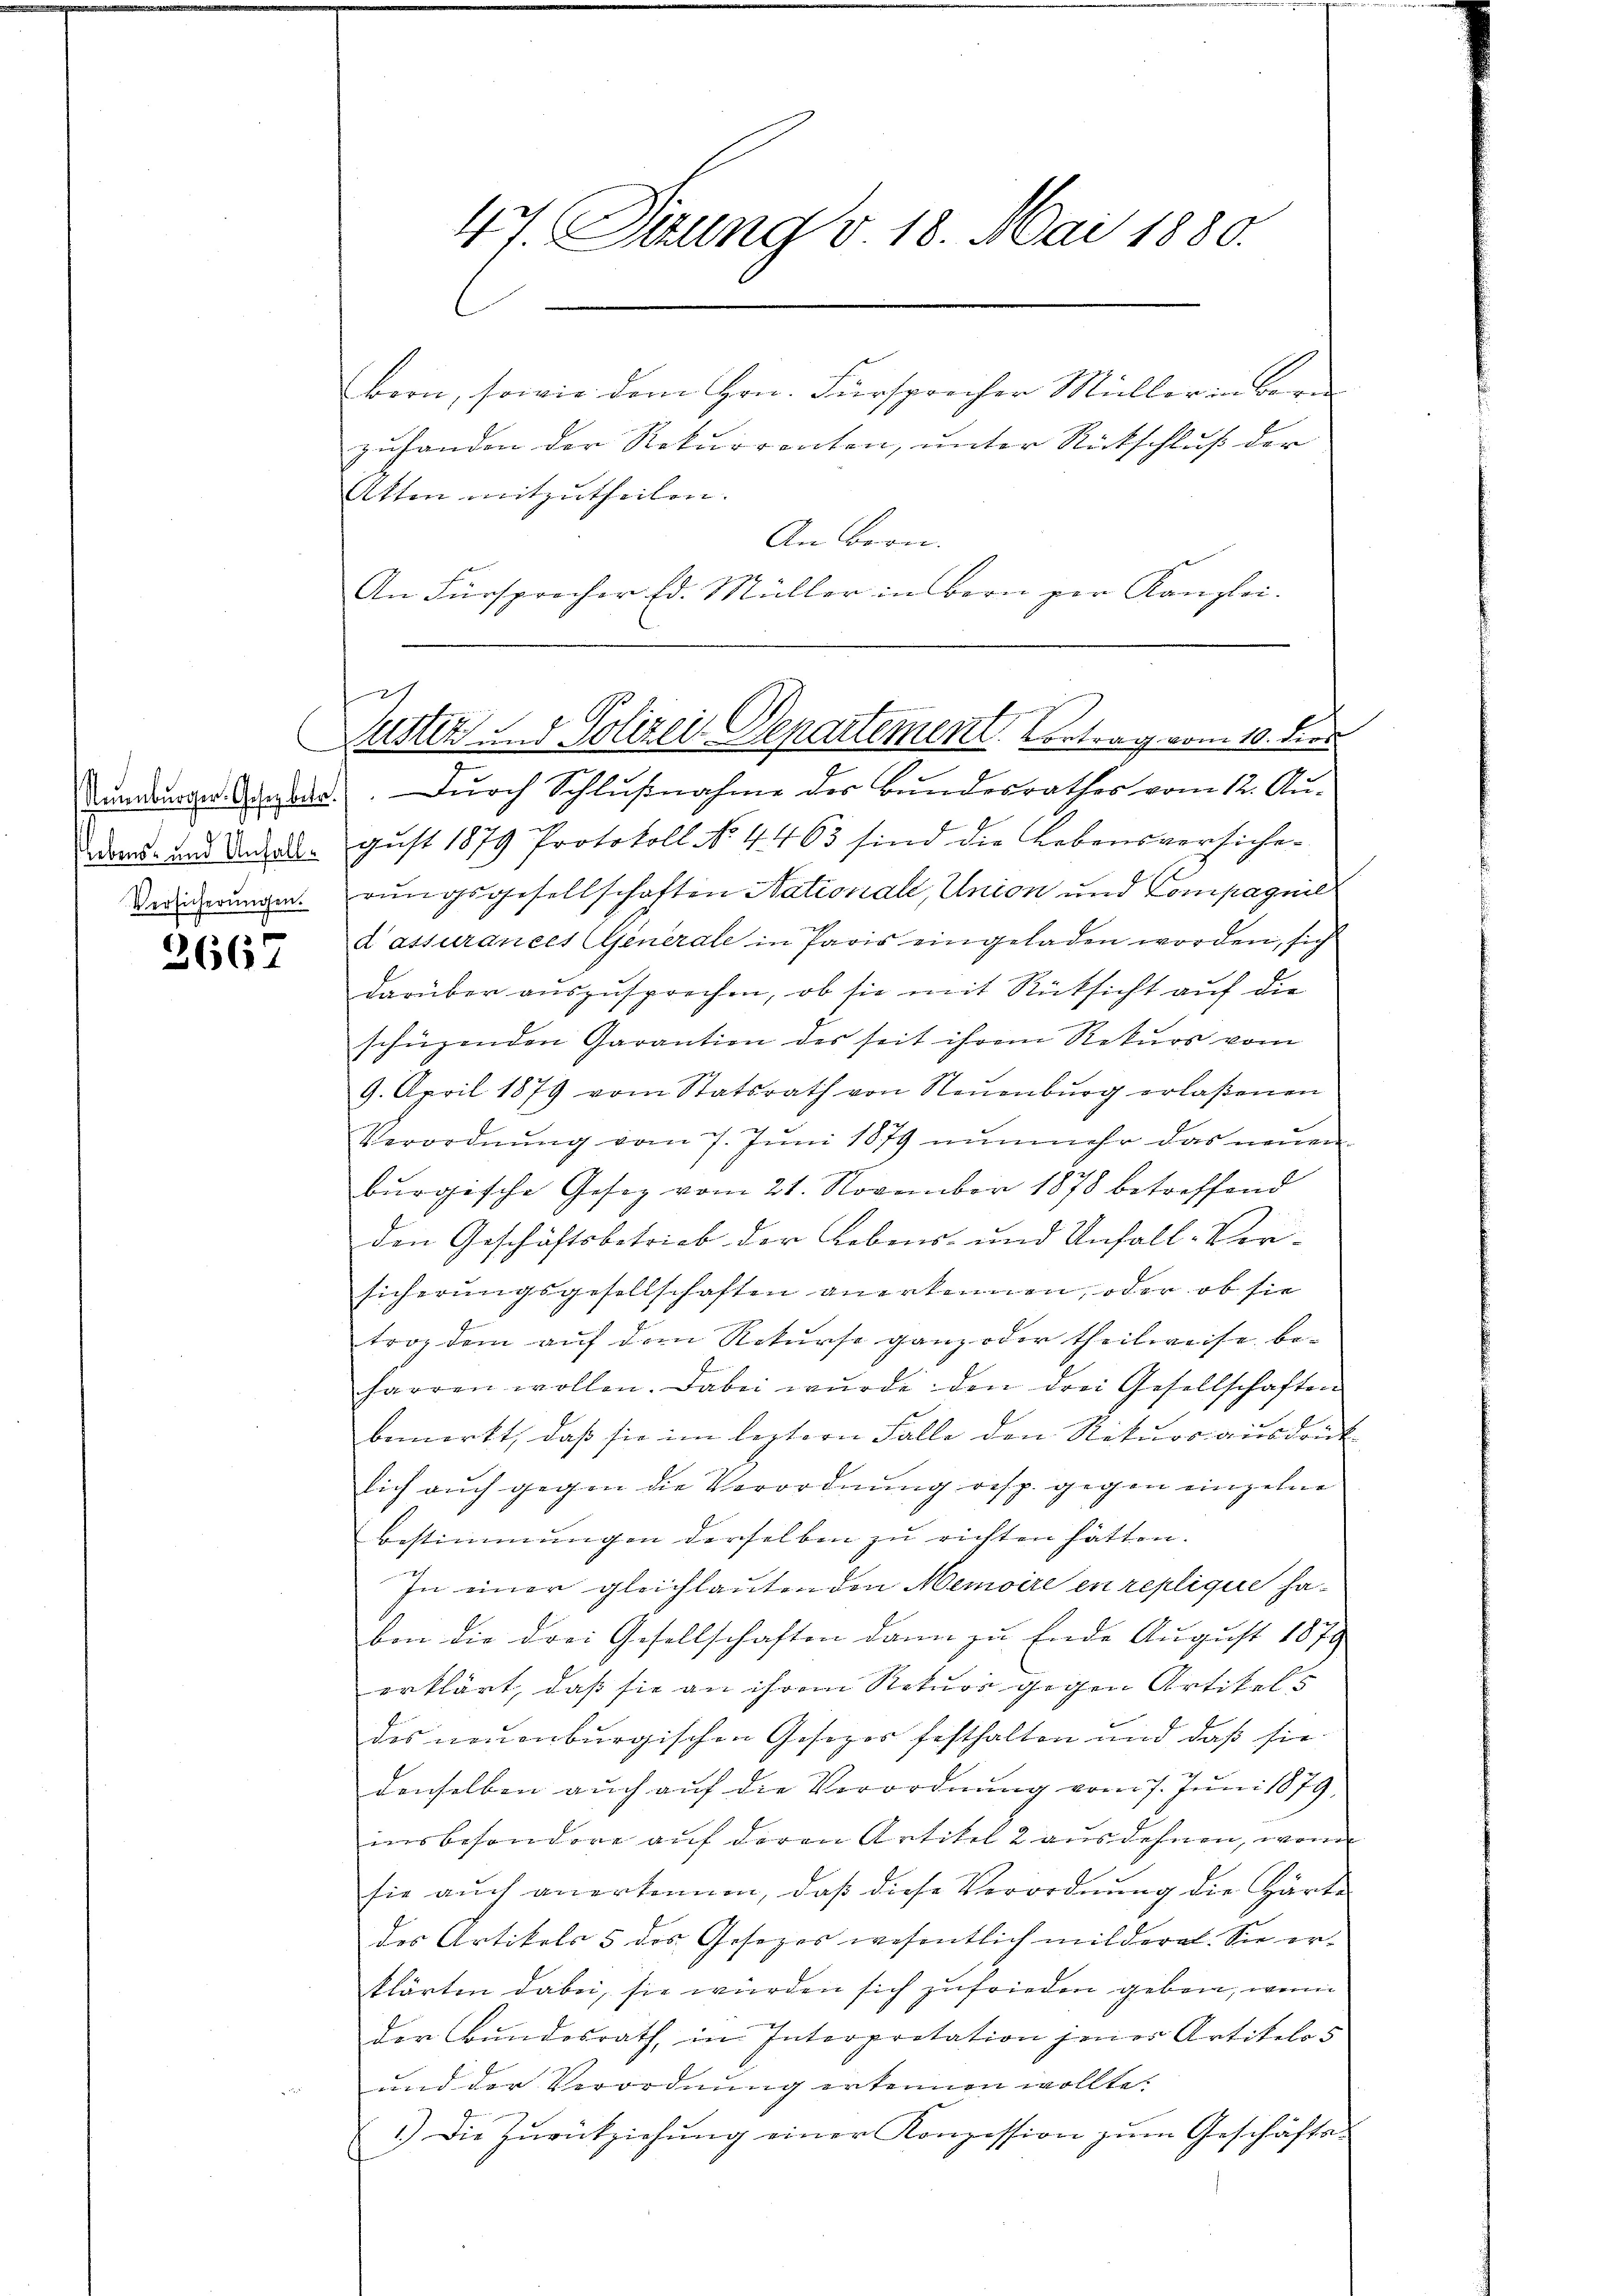
Lebens- und Unfall¬
Versicherŭngen.

2667

bern, sowie dem Hrn. Fürsprecher Müllerin bere
zuhanden der Rekurrenten, unter Rückschluß der
Atten mitzutheilen.
An Bern.
An Fürsprocher Ed. Müller in Bern zur Kanzlei-
Sumdunger Gener. Durch Schlußnahme der Bundesrathes vom 12. August 1879 Protokoll No 4463 sind die Lebensversiche-
rungsgesellschaften Nationale, Union und Compagnil
d’assurances Generale in Paris eingeladen worden, sich
darüber auszusprochen, ob sie mit Rücksicht auf die
schüzenden Garantien des seit ihrem Rekurs vom
9. April 1879 vom Statsrath von Neŭenbŭrg erlaßenen
Verordnŭng vom 7. Jŭni 1879 nŭnmehr das neŭen
burgische Gesez vom 21. November 1878 betreffend
den Geschäftsbetrieb der Lebens- und Unfall-Vor-
sicherungsgesellschaften anerkennen, oder ob sie
trag dem auf dem Rekurse ganz oder theilweise beharren wollen. Dabei wurde den drei Gesellschaften
bemerkt, daß sie im leztern Falle den Rekurs ausdrücklich auch gegen die Verordnung resp. gegen einzelne
Bestimmungen derselben zu richten hätten.
In einer gleichlauten den Memoire en replique haben die drei Gesellschaften dann zu Ende August 1879
erklärt, daß sie an ihrem Naturr gegen Artikels
des neuenburgischen Gesezes festhalten und daß sie
denselben aŭch aŭf die Verordnŭng vom 7. Jŭni 1879,
insbesondere auf deren Artikel 2 ausdehnen, wenn
sie auch anerkennen, daß diese Verordnung die Härte
des Artikels 5 des Gesezes wesentlich mildere. Sie erklärten dabei, sie würden sich zufrieden geben, wenn
der Bundesrath, in Interpretation jener Artikelos
und der Verordnung erkennen wollte.
1.) Die Zŭrückziehung einer Konzession zum Geschäften

47. Juny v. 18. Mai 1880.

1
Justiz und Polizei-Departement. Vortrag vom 10. dies